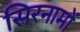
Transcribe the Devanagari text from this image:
सिरनामों